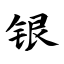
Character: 银